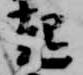
起